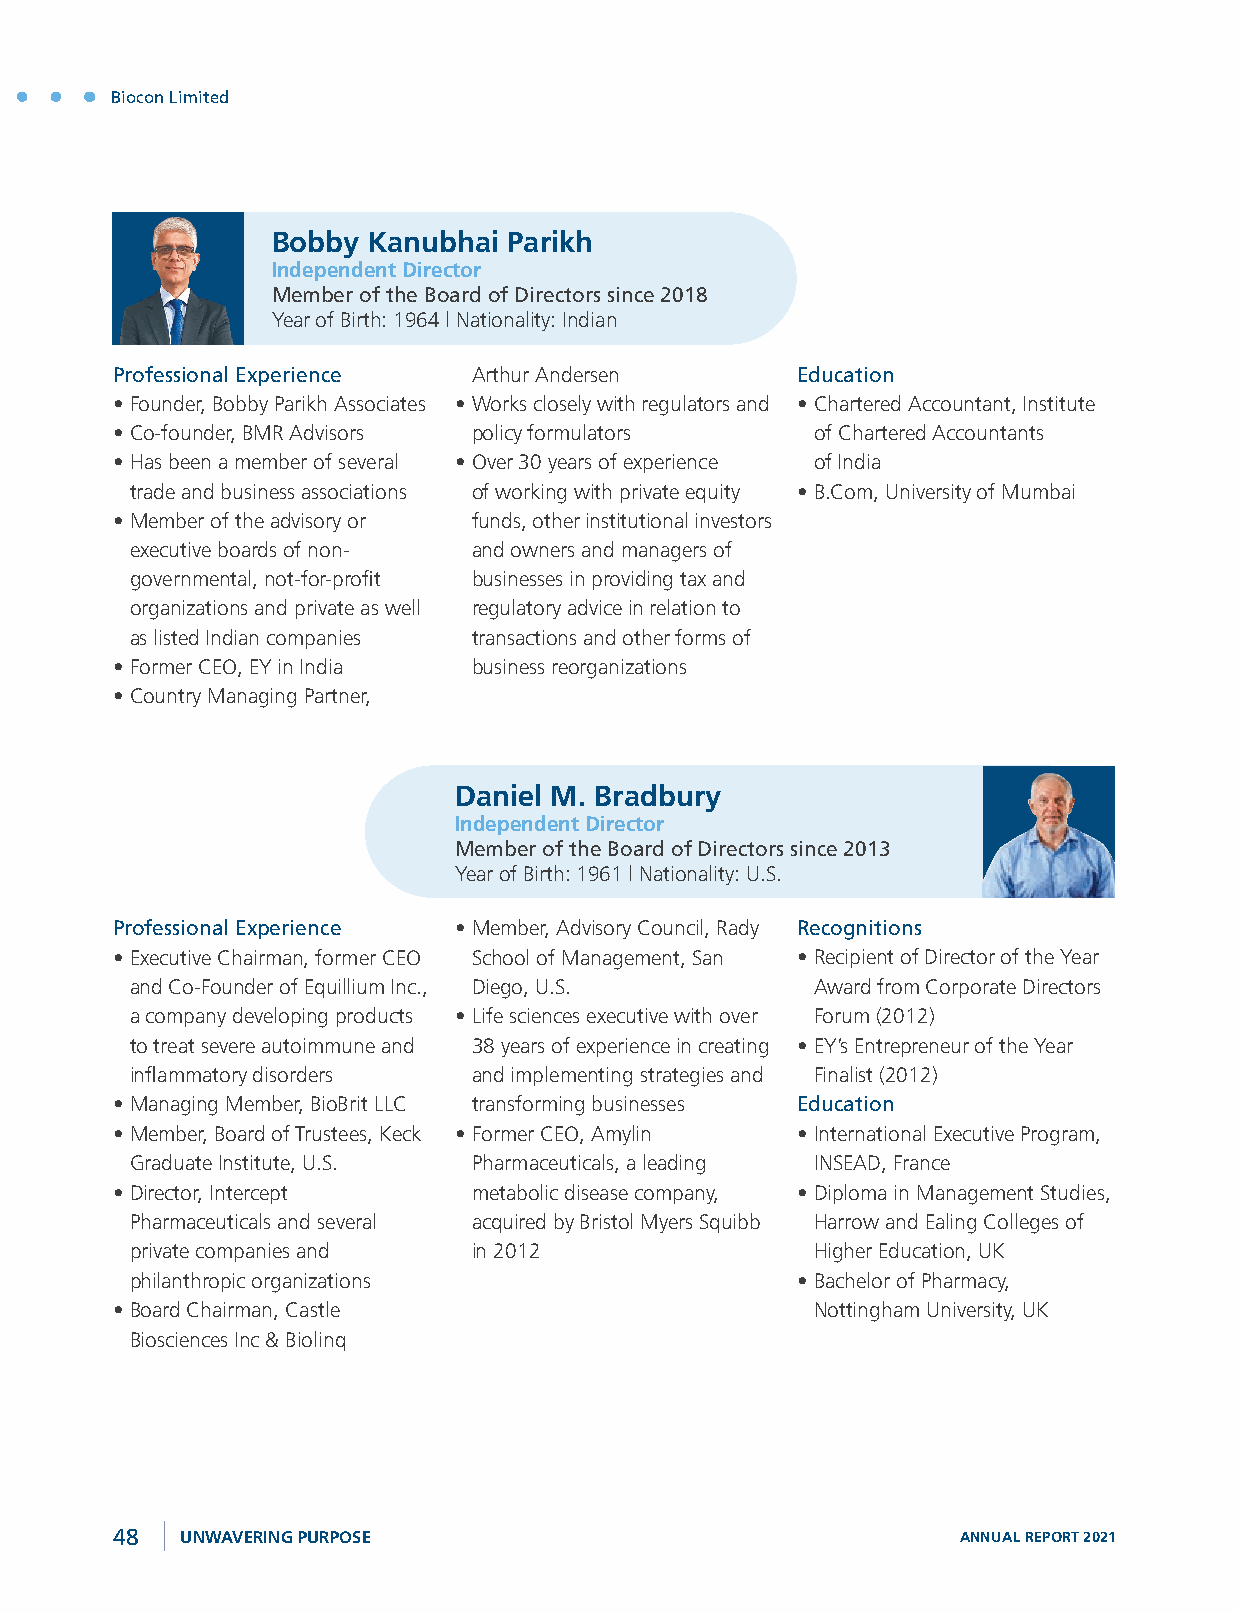
Biocon Limited
 Bobby Kanubhai  Parikh
 Independent Director
 Member of the Board of Directors since 2018
 Year of Birth: 1964 | Nationality: Indian
 Professional Experience Arthur Andersen       Education
 • Founder, Bobby Parikh Associates • Works closely with regulators and • Chartered Accountant, Institute
 • Co-founder, BMR Advisors policy formulators  of Chartered Accountants
 • Has been a member of several • Over 30 years of experience of India
 trade and business associations of working with private equity • B.Com, University of Mumbai
 • Member of the advisory or funds, other institutional investors
 executive boards of non- and owners and managers of
 governmental, not-for-profit businesses in providing tax and
 organizations and private as well regulatory advice in relation to
 as listed Indian companies transactions and other forms of
 • Former CEO, EY in India business reorganizations
 • Country Managing Partner,
 Daniel M. Bradbury
 Independent Director
 Member of the Board of Directors since 2013
 Year of Birth: 1961 | Nationality: U.S.
 Professional Experience • Member, Advisory Council, Rady Recognitions
 • Executive Chairman, former CEO School of Management, San • Recipient of Director of the Year
 and Co-Founder of Equillium Inc., Diego, U.S. Award from Corporate Directors
 a company developing products • Life sciences executive with over Forum (2012)
 to treat severe autoimmune and 38 years of experience in creating • EY’s Entrepreneur of the Year
 inflammatory disorders and implementing strategies and Finalist (2012)
 • Managing Member, BioBrit LLC transforming businesses Education
 • Member, Board of Trustees, Keck • Former CEO, Amylin • International Executive Program,
 Graduate Institute, U.S. Pharmaceuticals, a leading INSEAD, France
 • Director, Intercept   metabolic disease company, • Diploma in Management Studies,
 Pharmaceuticals and several acquired by Bristol Myers Squibb Harrow and Ealing Colleges of
 private companies and in 2012                Higher Education, UK
 philanthropic organizations                 • Bachelor of Pharmacy,
 • Board Chairman, Castle                       Nottingham University, UK
 Biosciences Inc & Biolinq
 48   UNWAVERING PURPOSE                                  ANNUAL REPORT 2021